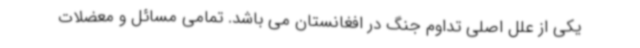
یکی از علل اصلی تداوم جنگ در افغانستان می باشد. تمامی مسائل و معضلات